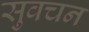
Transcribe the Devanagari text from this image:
सुवचन